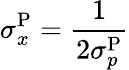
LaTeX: \sigma_{x}^{\mathrm{P}}=\frac{1}{2\sigma_{p}^{\mathrm{P}}}